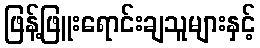
ဖြန့်ဖြူးရောင်းချသူများနှင့်